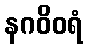
နဂဝိဝရံ